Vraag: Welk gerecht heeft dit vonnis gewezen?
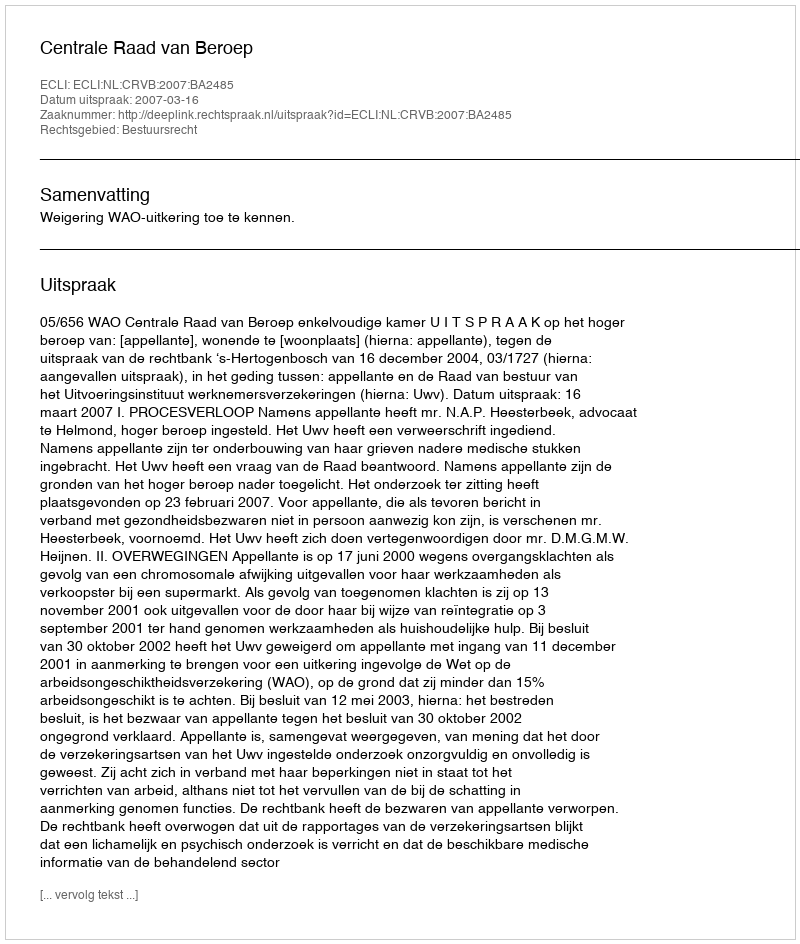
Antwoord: Centrale Raad van Beroep